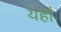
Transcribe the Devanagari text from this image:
यहाँँ